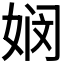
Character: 𮱆